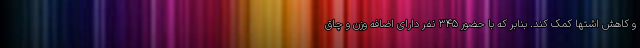
و کاهش اشتها کمک کند. بنابر که با حضور 345 نفر دارای اضافه وزن و چاق